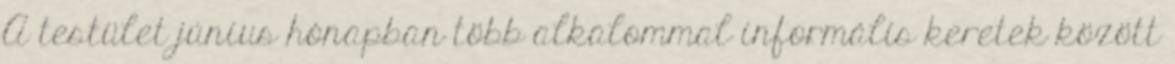
A testület június hónapban több alkalommal informális keretek között